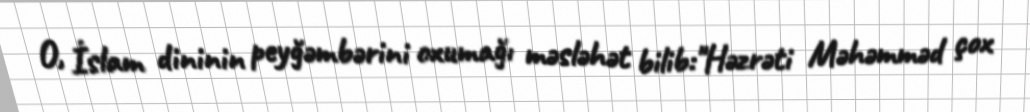
O, İslam dininin peyğəmbərini oxumağı məsləhət bilib:"Həzrəti Məhəmməd çox